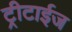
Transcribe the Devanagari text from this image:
ट्रीटाईज